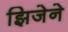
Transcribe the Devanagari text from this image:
झिजेने